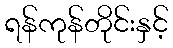
ရန်ကုန်တိုင်းနှင့်